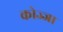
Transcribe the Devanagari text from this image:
कोज्जा